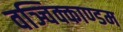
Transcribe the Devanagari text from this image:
वञ्चिक्काण्डम